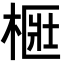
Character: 㮜